Plague in India, 1896, 1897 - Volume 1
Year: 1896
Disease focus: Plague
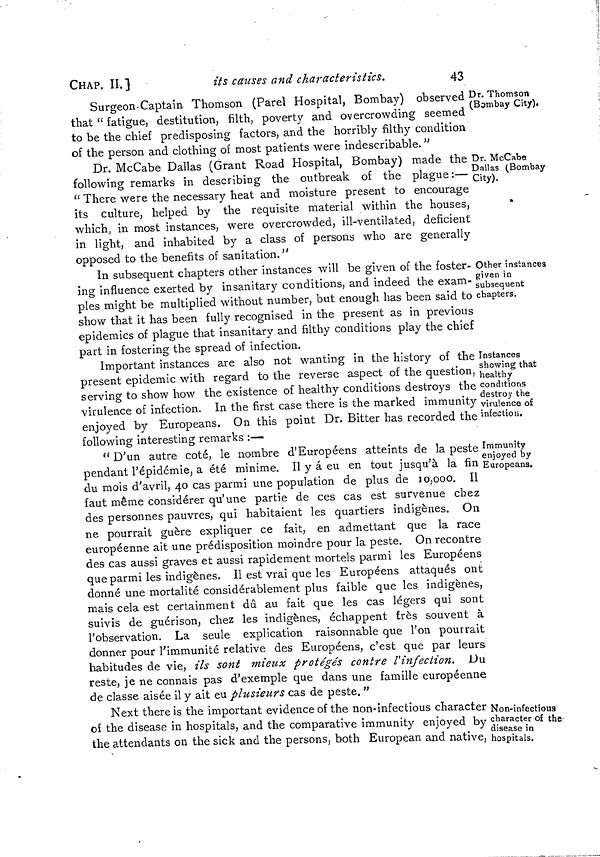
CHAP. II.]
its causes and characteristics.
43
Dr. Thomson
(Bombay City),
Surgeon Captain Thomson (Parel Hospital, Bombay) observed
that " fatigue, destitution, filth, poverty and overcrowding seemed
to be the chief predisposing factors, and the horribly filthy condition
of the person and clothing of most patients were indescribable. "
Dr. McCabe
Dallas (Bombay
City).
Dr. McCabe Dallas (Grant Road Hospital, Bombay) made the
following remarks in describing the outbreak of the plague :—
" There were the necessary heat and moisture present to encourage
its culture, helped by the requisite material within the houses,
which; in most instances, were overcrowded, ill-ventilated, deficient
in light, and inhabited by a class of persons who are generally
opposed to the benefits of sanitation. "
Other instances
given in
subsequent
chapters.
In subsequent chapters other instances will be given of the foster-
ing influence exerted by insanitary conditions, and indeed the exam-
ples might be multiplied without number, but enough has been said to
show that it has been fully recognised in the present as in previous
epidemics of plague that insanitary and filthy conditions play the chief
part in fostering the spread of infection.
Instances
showing that
healthy
conditions
destroy the
virulence of
infection.
Important instances are also not wanting in the history of the
present epidemic with regard to the reverse aspect of the question,
serving to show how the existence of healthy conditions destroys the
virulence of infection. In the first case there is the marked immunity
enjoyed by Europeans. On this point Dr. Bitter has recorded the
following interesting remarks :—
Immunity
enjoyed by
Europeans.
"D'un autre coté, le nombre d'Européens atteints de la peste
pendant l'épidémie, a été minime. Il y à eu en tout jusqu'à la fin
du mois d'avril, 40 cas parmi une population de plus de 10,000. Il
faut même considérer qu'une partie de ces cas est survenue chez
des personnes pauvres, qui habitaient les quartiers indigènes. On
ne pourrait guère expliquer ce fait, en admettant que la race
européenne ait une prédisposition moindre pour la peste. On recontre
des cas aussi graves et aussi rapidement mortels parmi les Européens
que parmi les indigènes. Il est vrai que les Européens attaqués ont
donné une mortalité considérablement plus faible que les indigènes,
mais cela est certainment dû au fait que les cas légers qui sont
suivis de guérison, chez les indigènes, échappent frès souvent à
l'observation. La seule explication raisonnable que l'on pourrait
donner pour l'immunité relative des Européens, c'est que par leurs
habitudes de vie, ils sont mieux protégés contre l'infection. Du
reste, je ne connais pas d'exemple que dans une famille européenne
de classe aisée il y ait eu plusieurs cas de peste. "
Non-infectious
character of the
disease in
hospitals.
Next there is the important evidence of the non-infectious character
of the disease in hospitals, and the comparative immunity enjoyed by '
the attendants on the sick and the persons, both European and native,